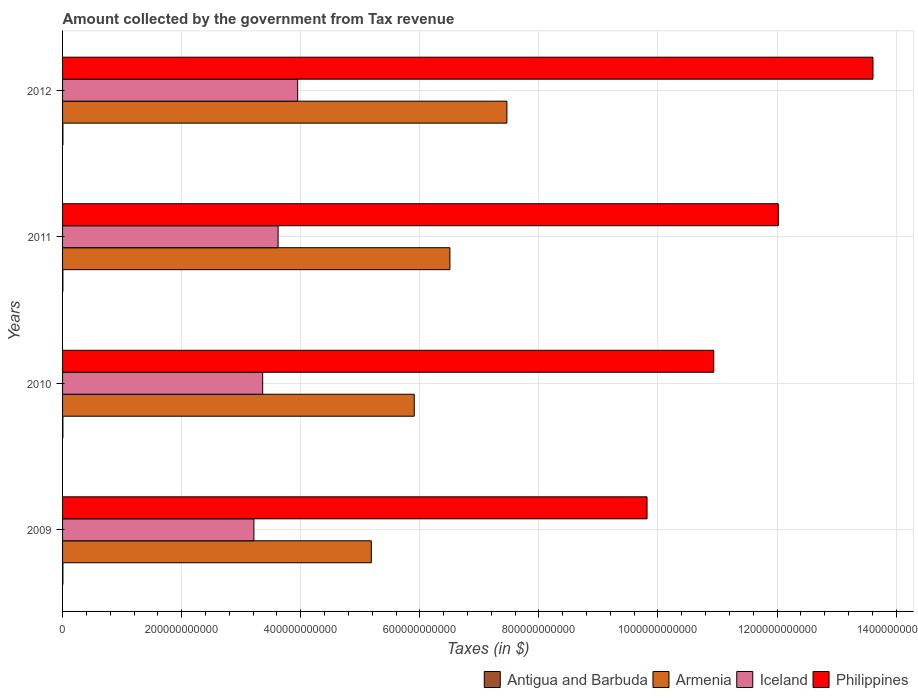
| Years | Antigua and Barbuda | Armenia | Iceland | Philippines |
 | --- | --- | --- | --- | --- |
 | 2009 | 5.73e+08 | 5.19e+11 | 3.21e+11 | 9.82e+11 |
 | 2010 | 5.76e+08 | 5.91e+11 | 3.36e+11 | 1.09e+12 |
 | 2011 | 5.51e+08 | 6.51e+11 | 3.62e+11 | 1.2e+12 |
 | 2012 | 6.04e+08 | 7.46e+11 | 3.95e+11 | 1.36e+12 |